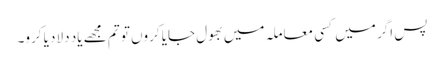
پس اگر میں کسی معاملہ میں بھول جایا کروں تو تم مجھے یاد دلا دیا کرو۔